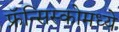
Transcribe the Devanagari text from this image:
फ्रॅन्सिस्कोमध्ये